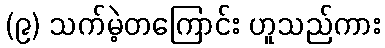
(၉) သက်မဲ့တကြောင်း ဟူသည်ကား